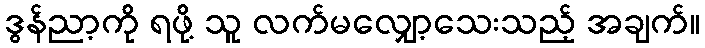
ဒွန်ညာ့ကို ရဖို့ သူ လက်မလျှော့သေးသည့် အချက်။